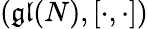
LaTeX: (\mathfrak{gl}(N),[\cdot,\cdot])